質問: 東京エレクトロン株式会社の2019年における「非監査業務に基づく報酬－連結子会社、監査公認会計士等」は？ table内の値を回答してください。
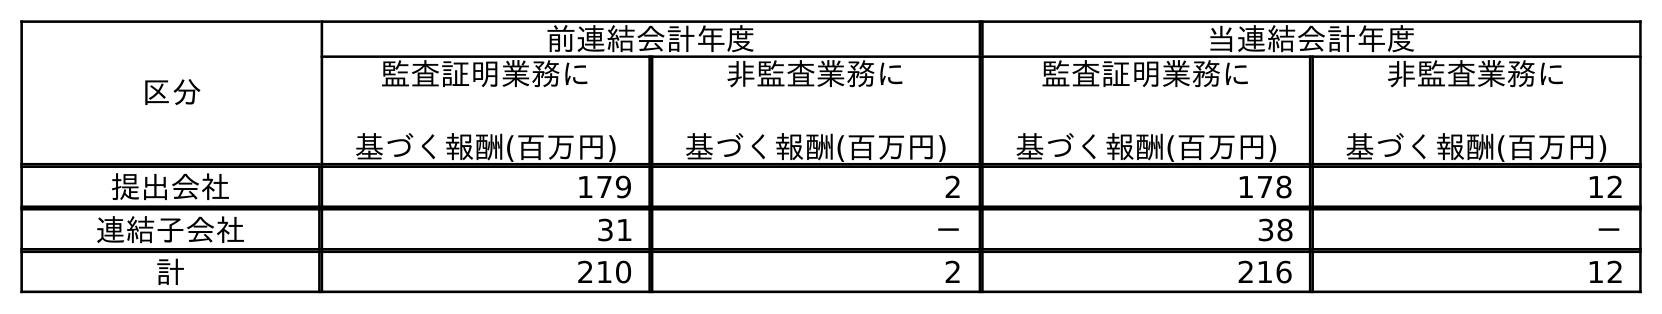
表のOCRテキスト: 区分 前連結会計年度 当連結会計年度 監査証明業務に 基づく報酬(百万円) 非監査業務に 基づく報酬(百万円) 監査証明業務に 基づく報酬(百万円) 非監査業務に 基づく報酬(百万円) 提出会社 179 2 178 12 連結子会社 31 － 38 － 計 210 2 216 12
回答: －